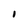
Character: I